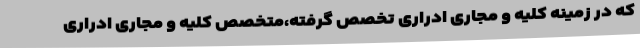
که در زمینه کلیه و مجاری ادراری تخصص گرفته،متخصص کلیه و مجاری ادراری